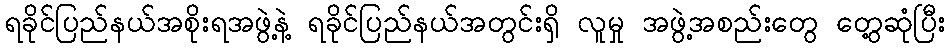
ရခိုင်ပြည်နယ်အစိုးရအဖွဲ့နဲ့ ရခိုင်ပြည်နယ်အတွင်းရှိ လူမှု အဖွဲ့အစည်းတွေ တွေ့ဆုံပြီး